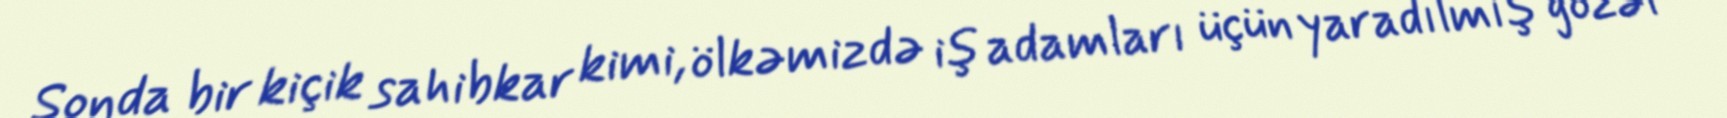
Sonda bir kiçik sahibkar kimi, ölkəmizdə iş adamları üçün yaradılmış gözəl